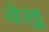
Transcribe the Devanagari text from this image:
येलु